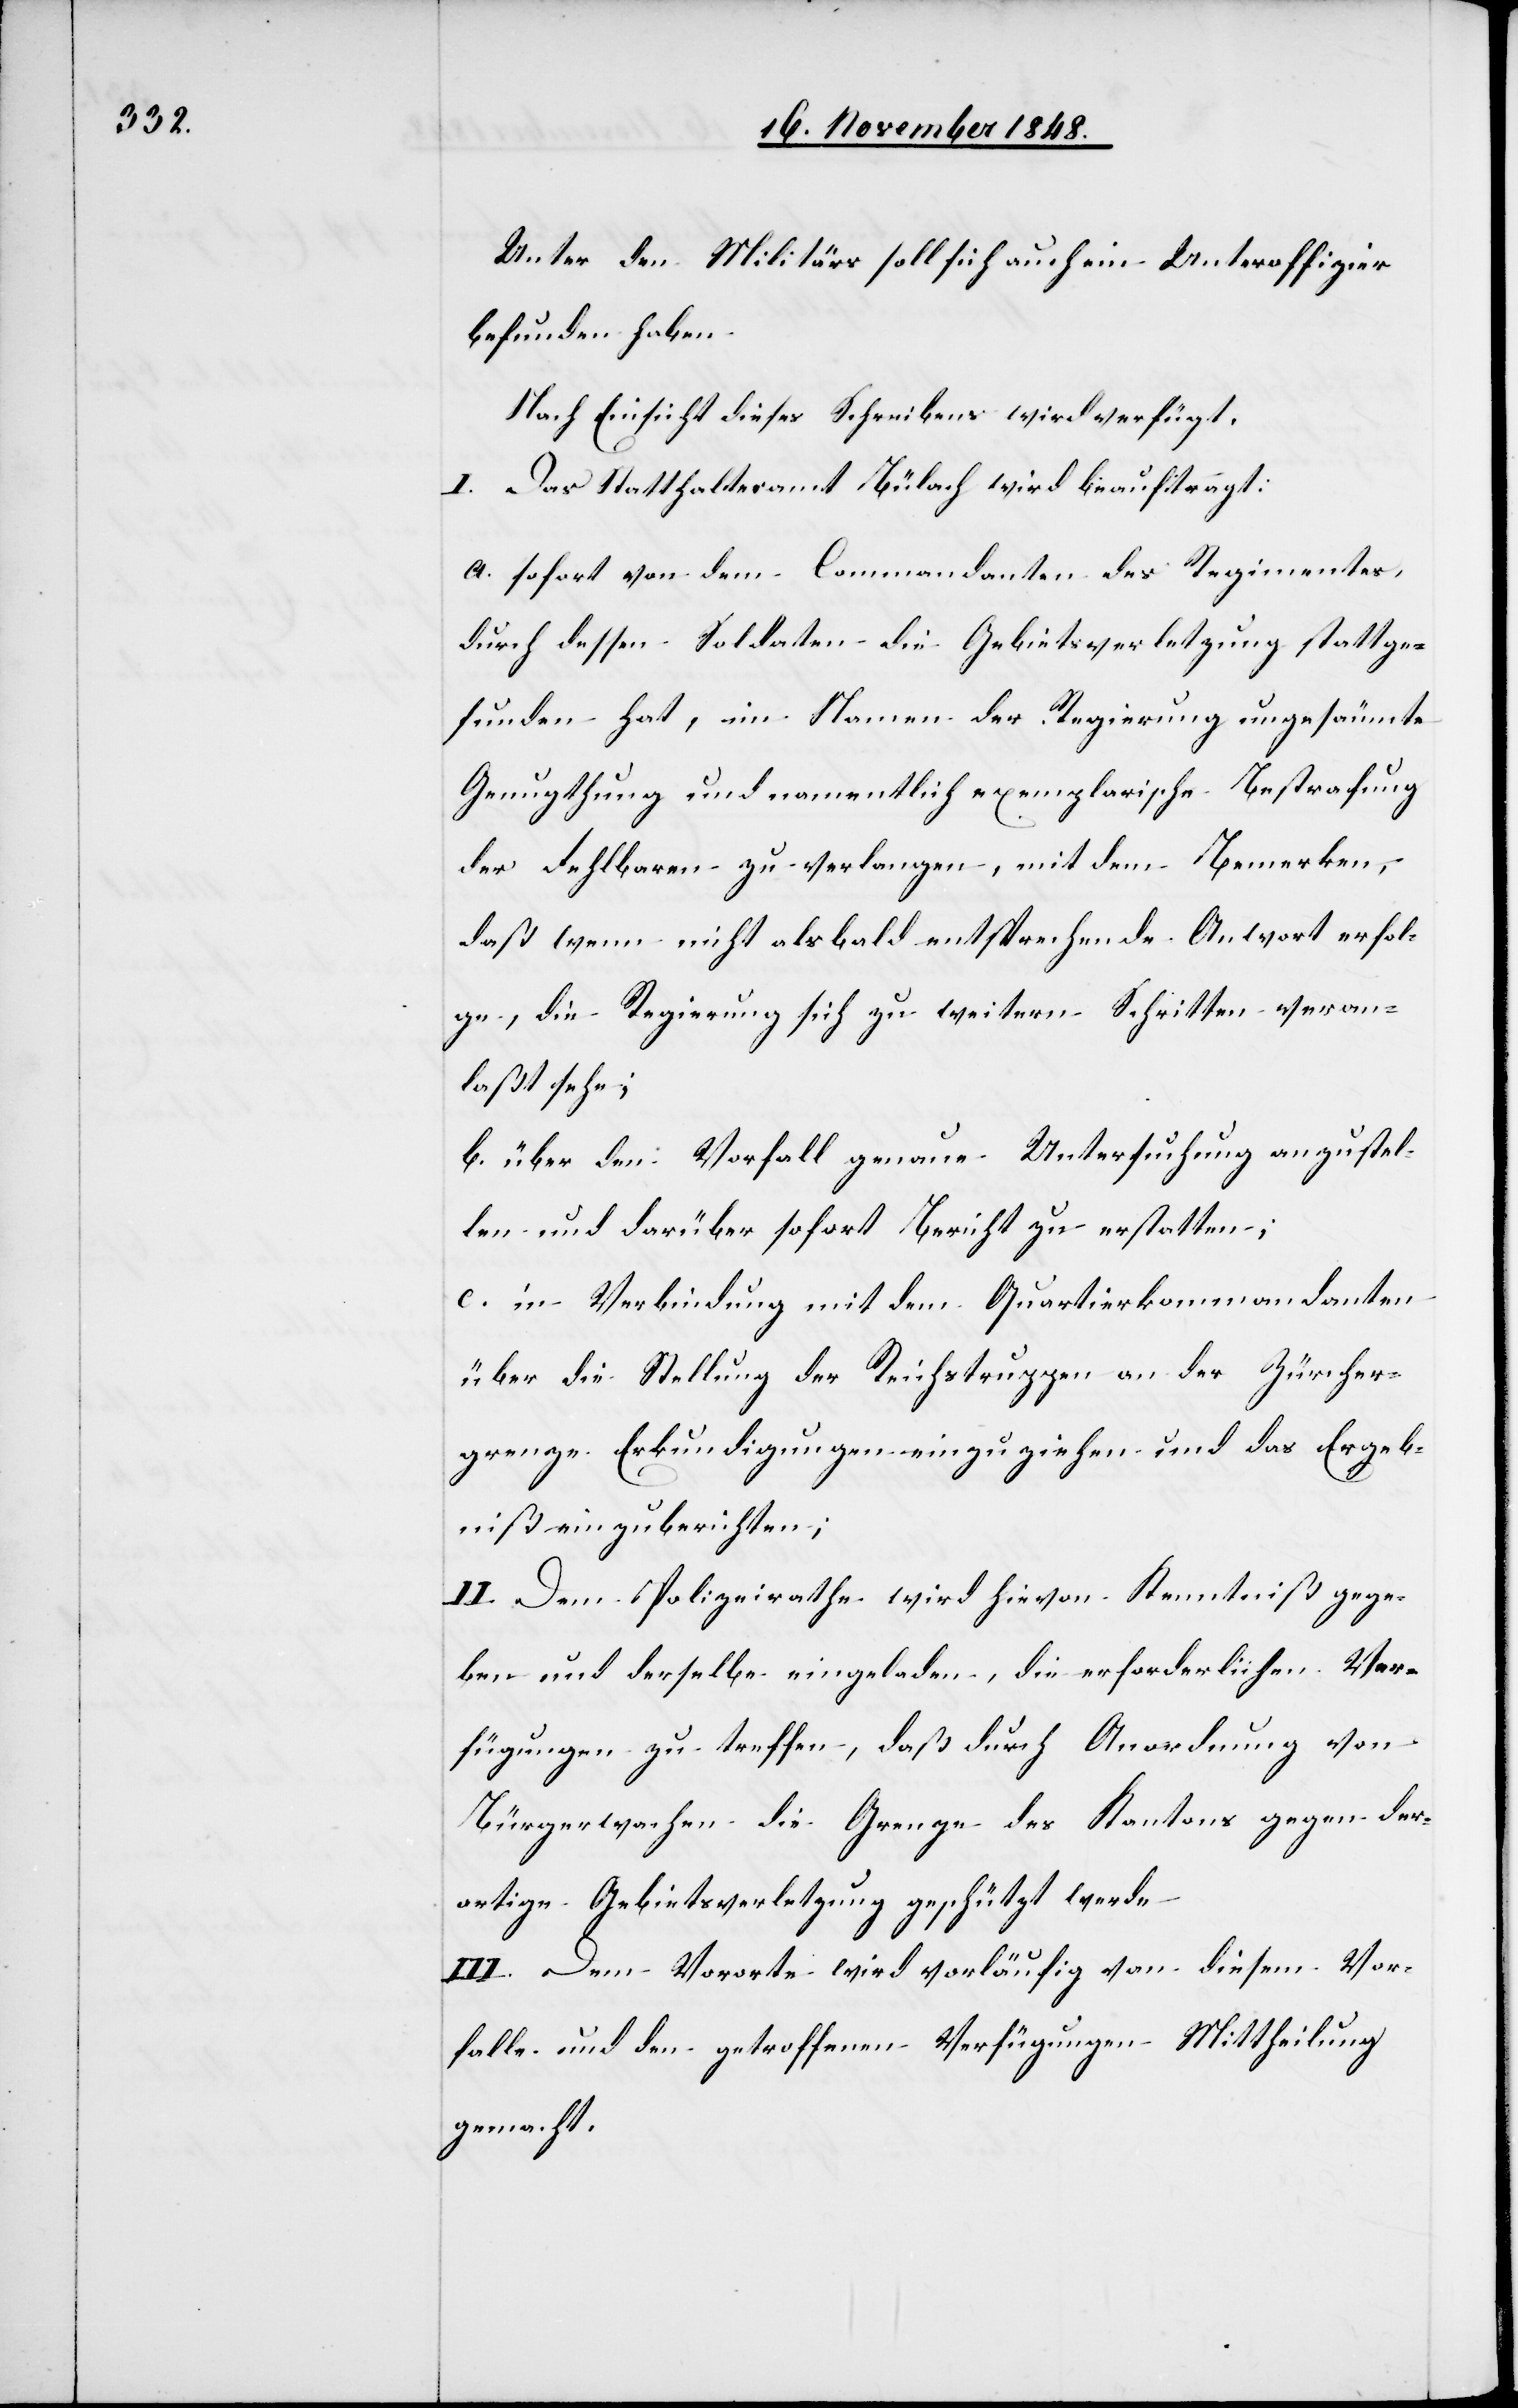
Unter den Militärs soll sich auch ein Unteroffizier
befunden haben.
Nach Einsicht dieses Schreibens wird verfügt.
I. Das Statthalteramt Bülach wird beauftragt:
a. sofort von dem Commandanten des Regimentes,
durch dessen Soldaten die Gebietsverletzung stattge¬
funden hat, im Namen der Regierung ungesäumte
Genugthung und namentlich exemplarische Bestrafung
der Fehlbaren zu verlangen, mit dem Bemerken,
daß wenn nicht alsbald entsprechende An[t]wort erfol¬
ge, die Regierung sich zu weitern Schritten veran¬
laßt sehe;
b. über den Vorfall genaue Untersuchung anzustel¬
len und darüber sofort Bericht zu erstatten;
c. in Verbindung mit dem Quartierkommandanten
über die Stellung der Reichstruppen an der Zürcher¬
grenze Erkundigungen einzuziehen und das Ergeb¬
niß einzuberichten.
II. Dem Polizeirathe wird hievon Kenntniß gege¬
ben und derselbe eingeladen, die erforderlichen Ver¬
fügungen zu treffen, daß durch Anordnung von
Bürgerwachen die Grenze des Kantons gegen der¬
artige Gebietsverletzung geschützt werde.
III. Dem Vororte wird vorläufig von diesem Vor¬
falle und den getroffenen Verfügungen Mittheilung
gemacht.